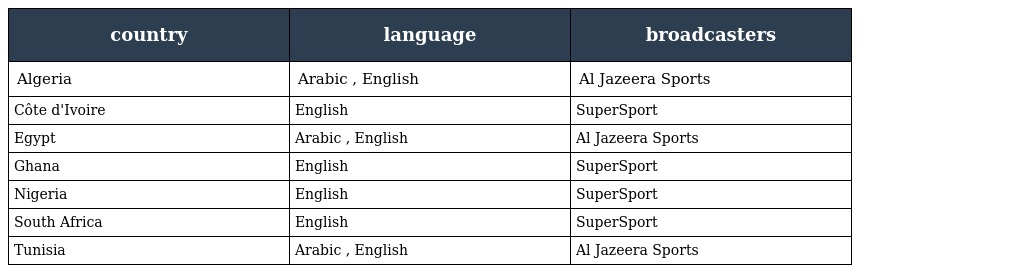
| country | language | broadcasters |
 | --- | --- | --- |
 | Algeria | Arabic , English | Al Jazeera Sports |
 | Côte d'Ivoire | English | SuperSport |
 | Egypt | Arabic , English | Al Jazeera Sports |
 | Ghana | English | SuperSport |
 | Nigeria | English | SuperSport |
 | South Africa | English | SuperSport |
 | Tunisia | Arabic , English | Al Jazeera Sports |